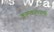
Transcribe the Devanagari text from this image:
कामकरण्याची